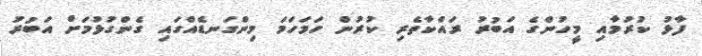
ފާޅު ކުރުމާއި މީހުންގެ އަބުރު ރައްކާތެރި ކުރުން ހަމަހަމަ މިންގަނޑެއްގައި ގެންގުޅުމަށް އަބުރު